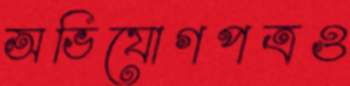
অভিযোগপত্রও